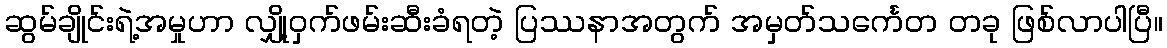
ဆွမ်ချိုင်းရဲ့အမှုဟာ လျှို့ဝှက်ဖမ်းဆီးခံရတဲ့ ပြဿနာအတွက် အမှတ်သင်္ကေတ တခု ဖြစ်လာပါပြီ။